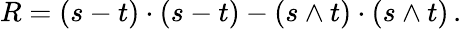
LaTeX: R=(s-t)\cdot(s-t)-(s\wedge t)\cdot(s\wedge t)\, .